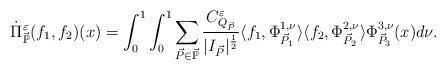
LaTeX: \begin{align*} \dot{\Pi}^{\varepsilon}_{\vec{\mathbb{P}}}(f_{1},f_{2})(x)=\int_{0}^{1}\int_{0}^{1}\sum_{\vec{P}\in\vec{\mathbb{P}}} \frac{C^{\varepsilon}_{Q_{\vec{P}}}}{|I_{\vec{P}}|^{\frac{1}{2}}} \langle f_{1},\Phi^{1,\nu}_{\vec{P}_{1}}\rangle\langle f_{2},\Phi^{2,\nu}_{\vec{P}_{2}}\rangle\Phi^{3,\nu}_{\vec{P}_{3}}(x)d\nu.\end{align*}